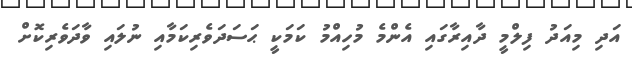
އަދި މިއަދު ފިލްމީ ދާއިރާގައި އެންމެ މުހިއްމު ކަމަކީ ޙަސަދަވެރިކަމާއި ނުލައި ވާދަވެރިކޮށް